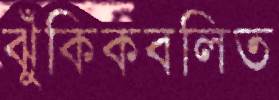
ঝুঁকিকবলিত